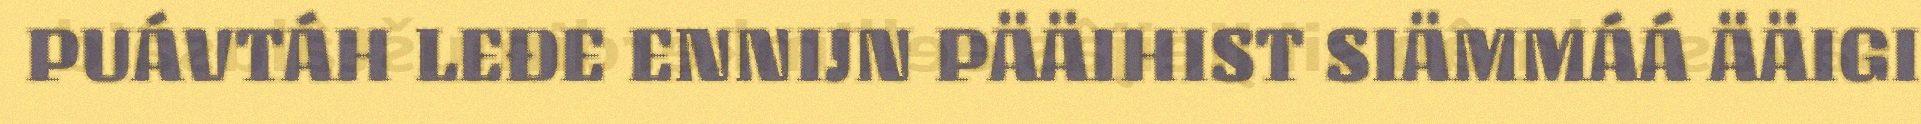
PUÁVTÁH LEĐE ENNIJN PÄÄIHIST SIÄMMÁÁ ÄÄIGI